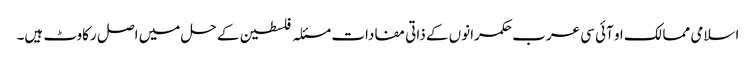
اسلامی ممالک او آئی سی عرب حکمرانوں کے ذاتی مفادات مسئلہ فلسطین کے حل میں اصل رکاوٹ ہیں۔